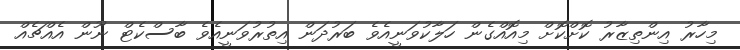
މިހާރު އިންތިޒާރު ކޮށްކޮށް މިއޮއްގެން ހަލާކުވަނީއެވެ ބަރުދަން އިތުރުވަނީއެވެ ބާސްކެޓް ނޫން އެއްޗެއް